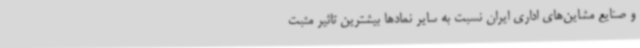
و صنایع مشاین‌های اداری ایران نسبت به سایر نمادها بیشترین تاثیر مثبت